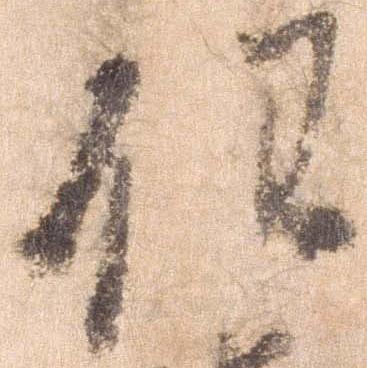
任